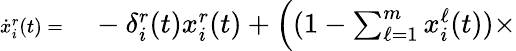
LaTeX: \begin{array}{rl}{\scriptsize\dot{x}_{i}^{r}(t)=}&{{}-\delta_{i}^{r}(t)x_{i}^{r}(t)+\Big((1-\textstyle\sum_{\ell=1}^{m}x_{i}^{\ell}(t))\times}\end{array}